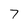
Character: 7